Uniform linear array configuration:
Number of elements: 48
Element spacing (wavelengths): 0.25
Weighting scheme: hann
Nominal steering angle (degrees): -30
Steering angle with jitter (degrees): -30.968
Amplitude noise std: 0.05
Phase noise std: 0.05

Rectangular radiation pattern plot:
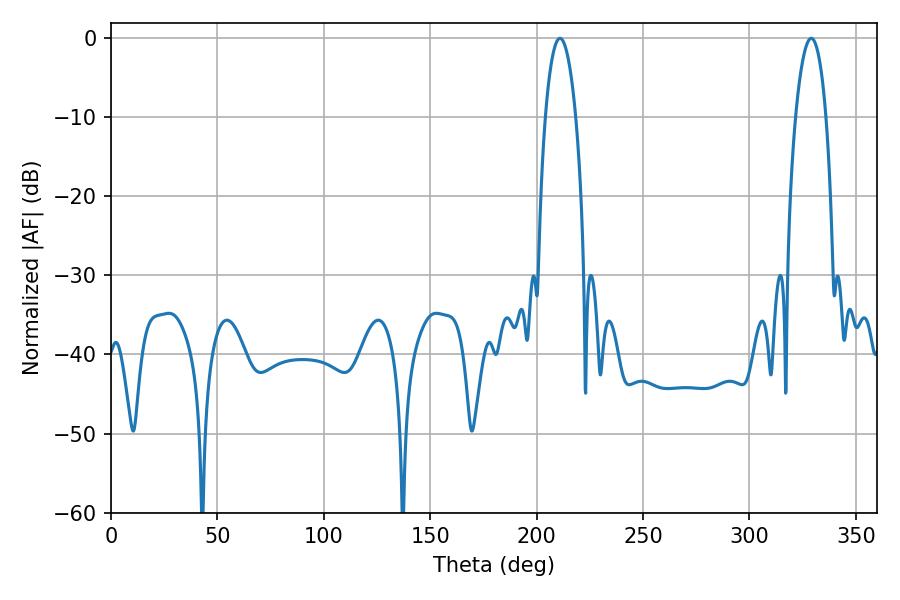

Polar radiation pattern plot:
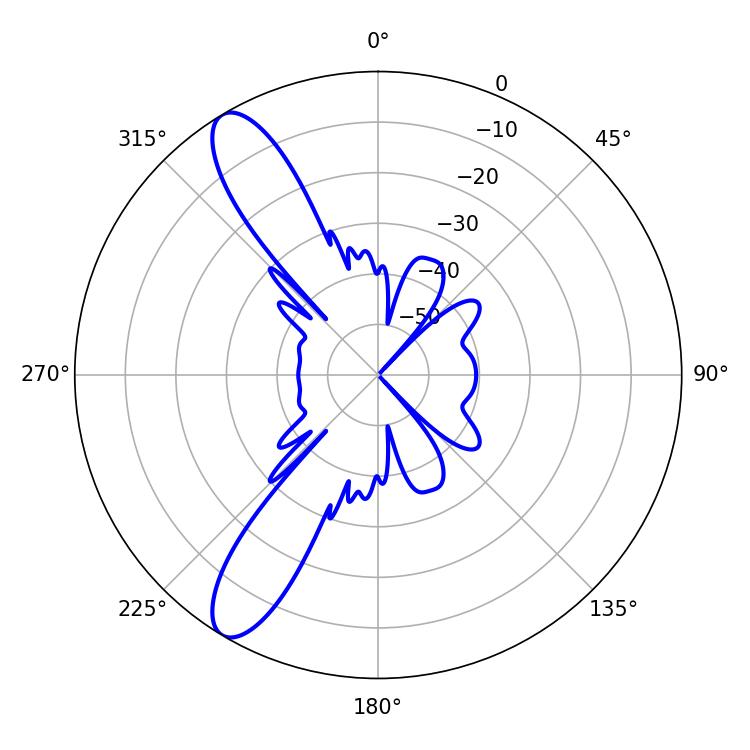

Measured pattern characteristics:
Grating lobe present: FALSE
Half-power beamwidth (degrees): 8.1
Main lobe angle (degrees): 210.96